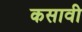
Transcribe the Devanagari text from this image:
कसावी